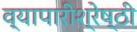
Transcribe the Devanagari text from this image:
व्यापारीश्रेष्ठी